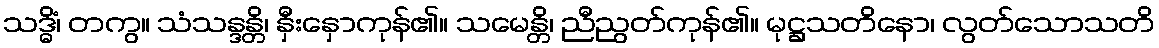
သဒ္ဓိံ၊ တကွ။ သံသန္ဒန္တိ၊ နှီးနှောကုန်၏။ သမေန္တိ၊ ညီညွတ်ကုန်၏။ မုဋ္ဌသတိနော၊ လွတ်သောသတိ